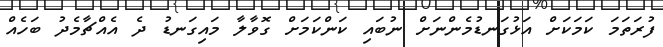
ފުރަތަމަ ކަމަކަށް އަޅުގަނޑުމެންނަށް ނުބައި ކަންކަމަށް ގޮވާލާ މައިގަނޑު ދެ އެއްޗާމެދު ބަހެއް